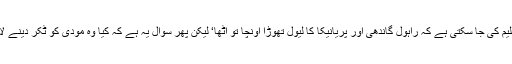
یہ بات تسلیم کی جا سکتی ہے کہ راہول گاندھی اور پریانیکا کا لیول تھوڑا اونچا تو اٹھا‘ لیکن پھر سوال یہ ہے کہ کیا وہ مودی کو ٹکر دینے لائق تھے؟